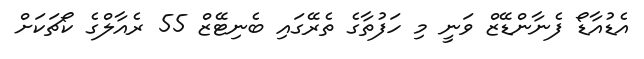
އެޑުއާޑޯ ފެނާންޑޭޒް ވަނީ މި ހަފުތާގެ ތެރޭގައި ބެނިޓޭޒް 55 ރެއާލްގެ ކޯޗަކަށް